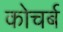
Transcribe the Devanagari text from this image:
कोचर्ब